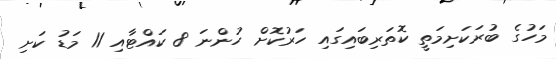
މަހުގެ ބުރަކަށިމަތީ ކޮތަރިބައިގައި ހަރުކޮށް ހުންނަ 8 ކައްޓާއި 11 މަޑު ކަށި